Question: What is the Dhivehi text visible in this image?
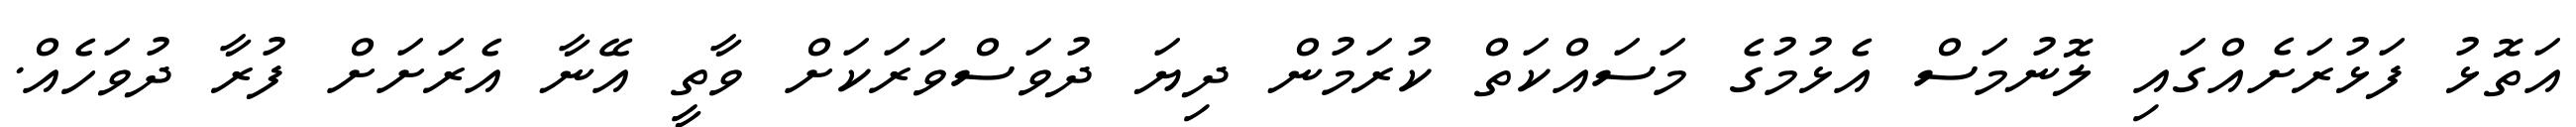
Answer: އަތޮޅު ފަޅުރަށެއްގައި ލޮނުމަސް އެޅުމުގެ މަސައްކަތް ކުރަމުން ދިޔަ ދުވަސްވަރަކަށް ވާތީ އޭނާ އެރަށަށް ފުރާ ދުވަހެއް.